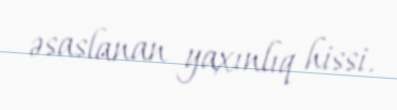
əsaslanan yaxınlıq hissi.